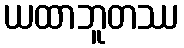
ယထာဘူတဿ